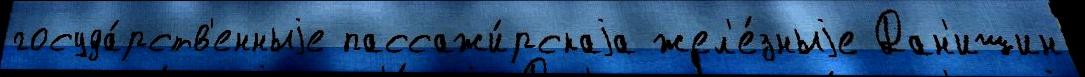
госуда́рств'енныjе пассажи́рскаjа жел'е́зныjе Дан'ишин